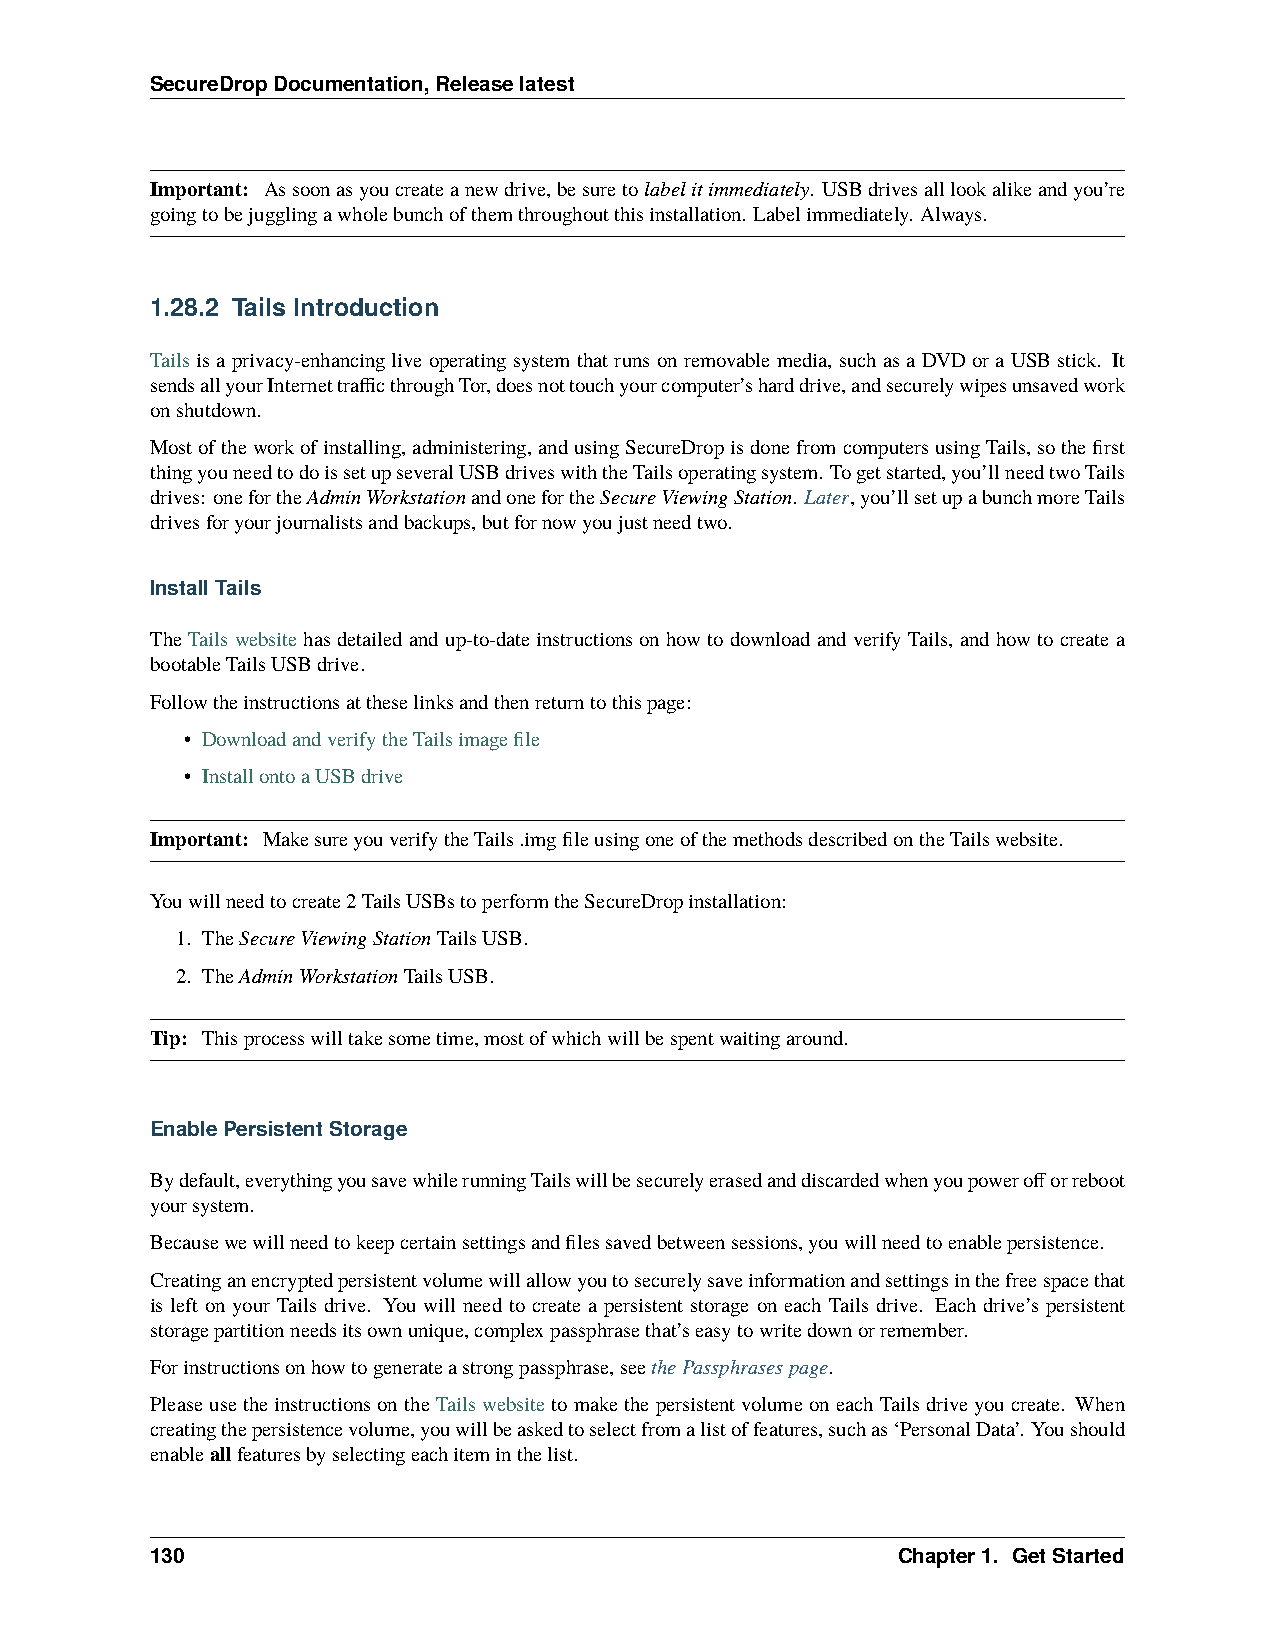
SecureDropDocumentation,Releaselatest
 Important: Assoonasyoucreateanewdrive,besuretolabelitimmediately. USBdrivesalllookalikeandyou’re
 goingtobejugglingawholebunchofthemthroughoutthisinstallation. Labelimmediately. Always.
 1.28.2 Tails Introduction
 Tails is a privacy-enhancing live operating system that runs on removable media, such as a DVD or a USB stick. It
 sendsallyourInternettrafficthroughTor,doesnottouchyourcomputer’sharddrive,andsecurelywipesunsavedwork
 onshutdown.
 Mostoftheworkofinstalling,administering,andusingSecureDropisdonefromcomputersusingTails,sothefirst
 thingyouneedtodoissetupseveralUSBdriveswiththeTailsoperatingsystem. Togetstarted,you’llneedtwoTails
 drives: onefortheAdminWorkstationandonefortheSecureViewingStation. Later,you’llsetupabunchmoreTails
 drivesforyourjournalistsandbackups,butfornowyoujustneedtwo.
 InstallTails
 TheTailswebsitehasdetailedandup-to-dateinstructionsonhowtodownloadandverifyTails, andhowtocreatea
 bootableTailsUSBdrive.
 Followtheinstructionsattheselinksandthenreturntothispage:
 • DownloadandverifytheTailsimagefile
 • InstallontoaUSBdrive
 Important: MakesureyouverifytheTails.imgfileusingoneofthemethodsdescribedontheTailswebsite.
 Youwillneedtocreate2TailsUSBstoperformtheSecureDropinstallation:
 1. TheSecureViewingStationTailsUSB.
 2. TheAdminWorkstationTailsUSB.
 Tip: Thisprocesswilltakesometime,mostofwhichwillbespentwaitingaround.
 EnablePersistentStorage
 Bydefault,everythingyousavewhilerunningTailswillbesecurelyerasedanddiscardedwhenyoupowerofforreboot
 yoursystem.
 Becausewewillneedtokeepcertainsettingsandfilessavedbetweensessions,youwillneedtoenablepersistence.
 Creatinganencryptedpersistentvolumewillallowyoutosecurelysaveinformationandsettingsinthefreespacethat
 is left on your Tails drive. You will need to create a persistent storage on each Tails drive. Each drive’s persistent
 storagepartitionneedsitsownunique,complexpassphrasethat’seasytowritedownorremember.
 Forinstructionsonhowtogenerateastrongpassphrase,seethePassphrasespage.
 PleaseusetheinstructionsontheTailswebsitetomakethepersistentvolumeoneachTailsdriveyoucreate. When
 creatingthepersistencevolume,youwillbeaskedtoselectfromalistoffeatures,suchas‘PersonalData’. Youshould
 enableallfeaturesbyselectingeachiteminthelist.
 130                                              Chapter1. GetStarted